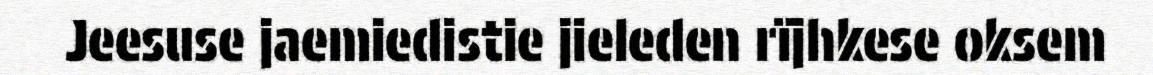
Jeesuse jaemiedistie jieleden rïjhkese oksem